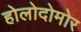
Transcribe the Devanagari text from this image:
होलोदोमोर